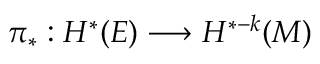
\pi _ { * } : H ^ { * } ( E ) \longrightarrow H ^ { * - k } ( M )